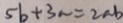
5 b + 3 a = 2 a b